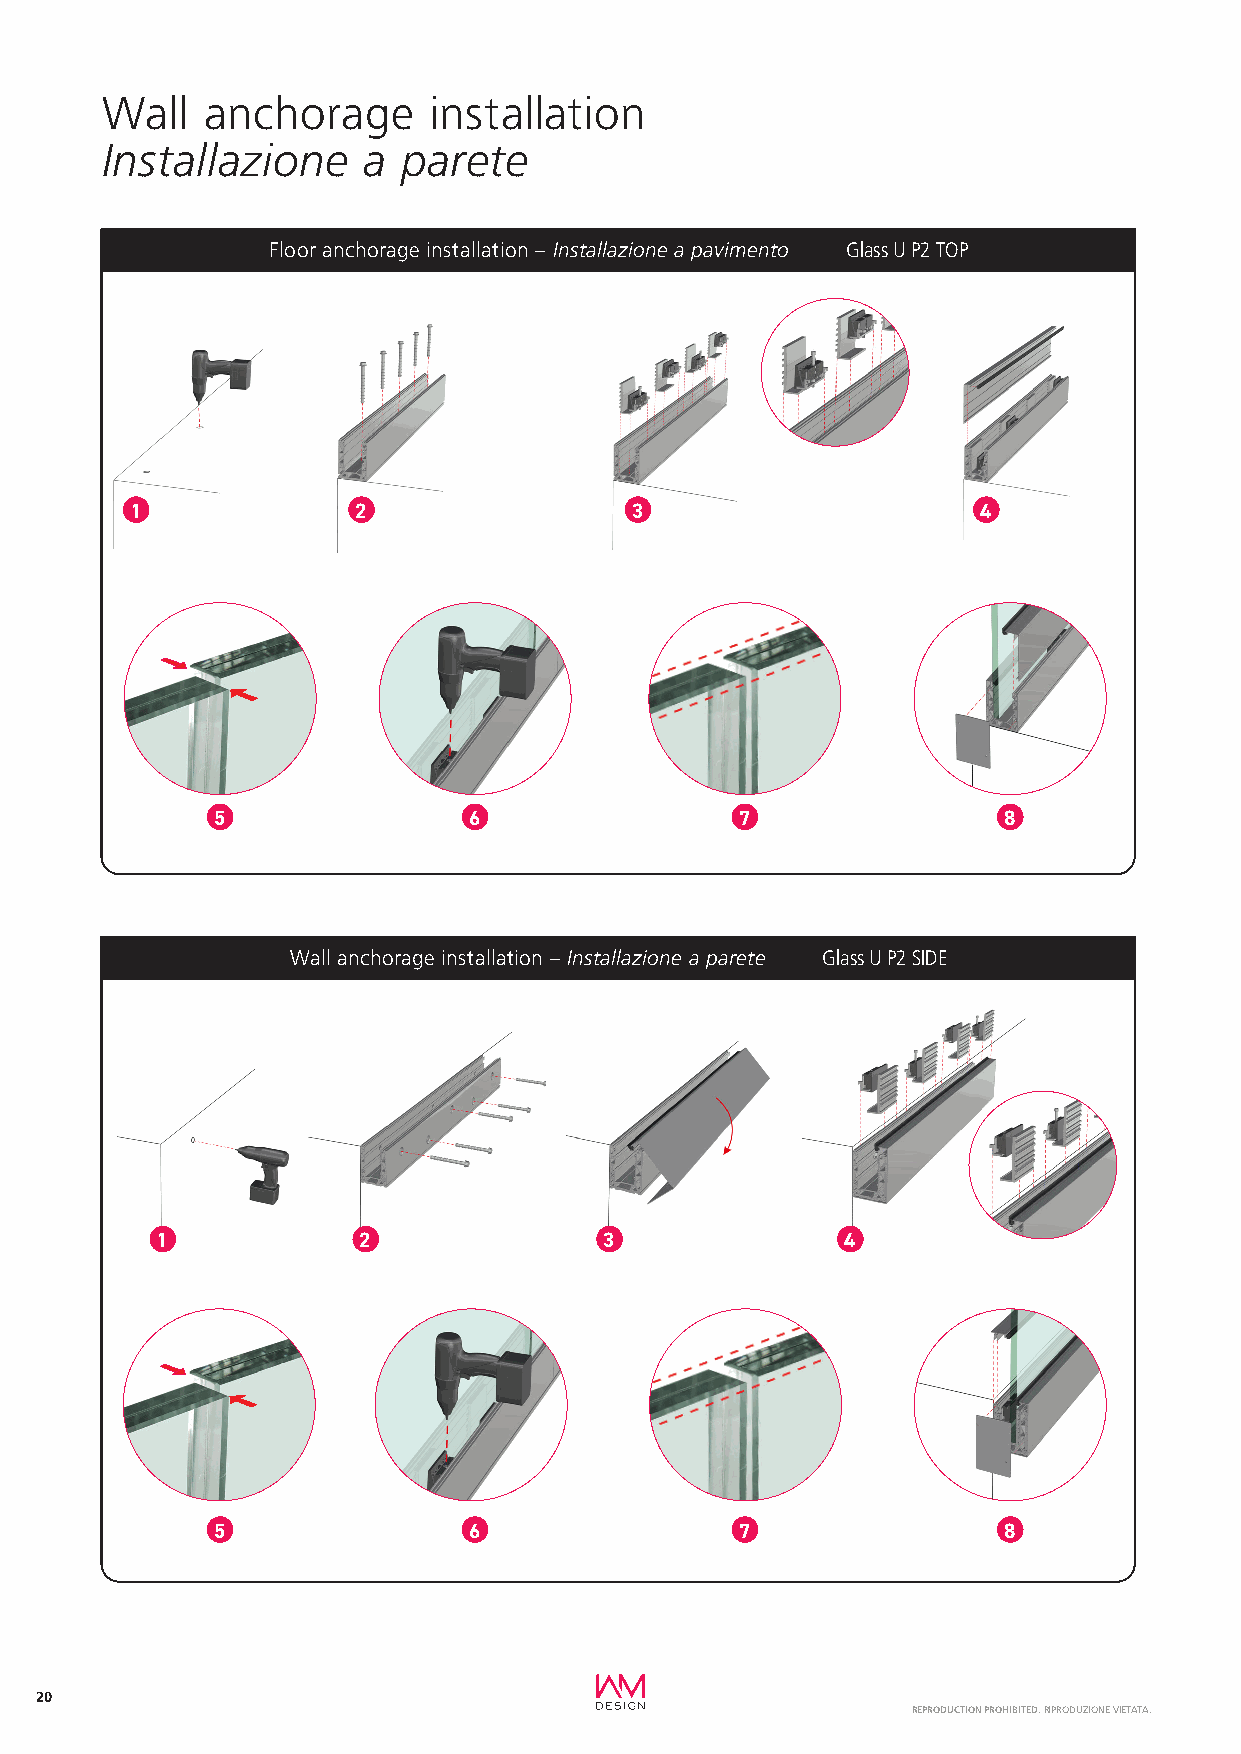
Wall  anchorage      installation
 Installazione    a  parete
 Floor anchorage installation – Installazione a pavimento Glass U P2 TOP
 1             2                  3                      4
 5                6                 7                8
 Wall anchorage installation – Installazione a parete Glass U P2 SIDE
 1             2               3               4
 5                6                 7                8
 20
 REPRODUCTION PROHIBITED. RIPRODUZIONE VIETATA.